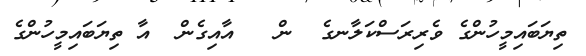
ތިޔަބައިމީހުންގެ ވެރިރަސްކަލާނގެ  ން   އާއިގެން  އާ ތިޔަބައިމީހުންގެ